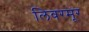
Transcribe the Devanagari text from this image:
लिवरमूर